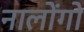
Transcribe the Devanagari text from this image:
नालोंगो